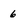
Character: 6